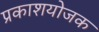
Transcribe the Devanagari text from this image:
प्रकाशयोजक